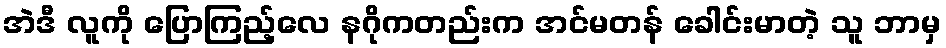
အဲဒီ လူကို ပြောကြည့်လေ နဂိုကတည်းက အင်မတန် ခေါင်းမာတဲ့ သူ ဘာမှ